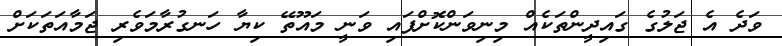
ވަދެ އެ ޖަލުގެ ގައިދީންތަކެއް މިނިވަންކޮށްފައި ވަނީ މައޫތޭ ކިޔާ ހަނގުރާމަވެރި ޖަމާއަތަކަށް